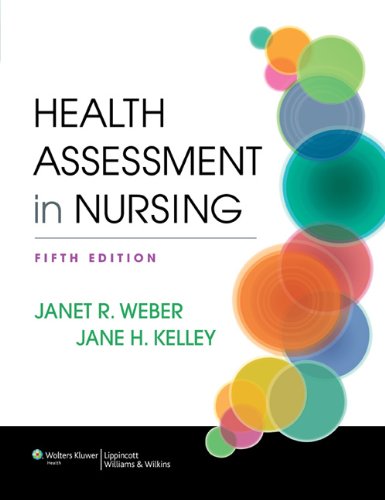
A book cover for Weber 5e Text & PrepU Package; Lippincott  Williams & Wilkins; Medical Books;